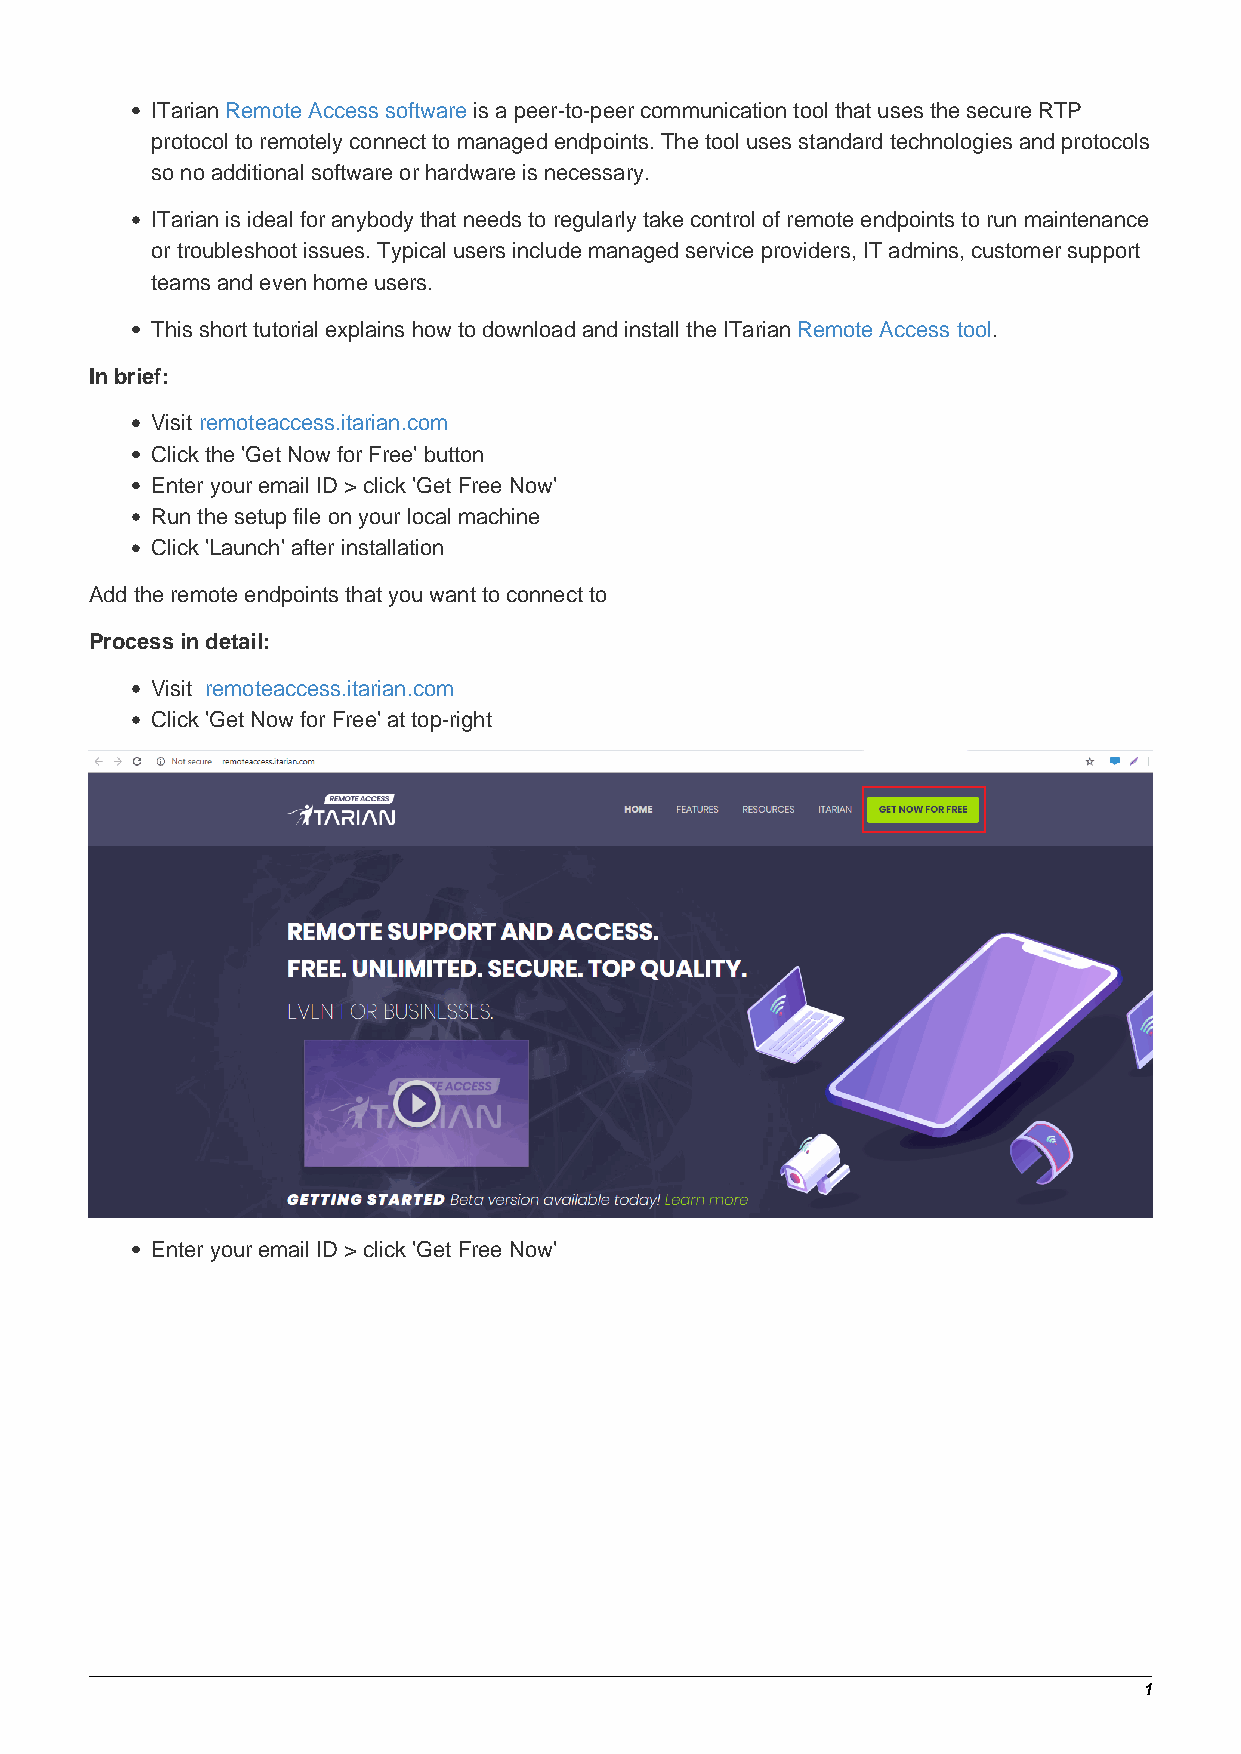
ITarian Remote Access software is a peer-to-peer communication tool that uses the secure RTP
 protocol to remotely connect to managed endpoints. The tool uses standard technologies and protocols
 so no additional software or hardware is necessary.
 ITarian is ideal for anybody that needs to regularly take control of remote endpoints to run maintenance
 or troubleshoot issues. Typical users include managed service providers, IT admins, customer support
 teams and even home users.
 This short tutorial explains how to download and install the ITarian Remote Access tool.
 In brief:
 Visit remoteaccess.itarian.com
 Click the 'Get Now for Free' button
 Enter your email ID > click 'Get Free Now'
 Run the setup file on your local machine
 Click 'Launch' after installation
 Add the remote endpoints that you want to connect to
 Process in detail:
 Visit remoteaccess.itarian.com
 Click 'Get Now for Free' at top-right
 Enter your email ID > click 'Get Free Now'
 1